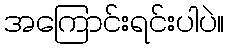
အကြောင်းရင်းပါပဲ။